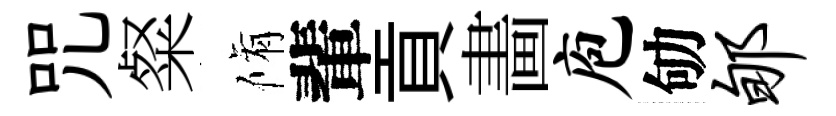
咒粲脩輩貢畵庖劬郇